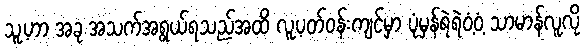
သူ့ဟာ အခု အသက်အရွယ်ရသည်အထိ လူ့ပတ်ဝန်းကျင်မှာ ပုံမှန်ရဲရဲဝံ့ဝံ့ သာမာန်လူလို